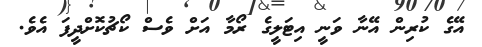
އޭގެ ކުރިން އޭނާ ވަނީ އިޓަލީގެ ރޯމާ އަށް ވެސް ކޯޗުކޮށްދީފަ އެވެ.